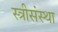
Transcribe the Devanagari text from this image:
स्त्रीसंस्था